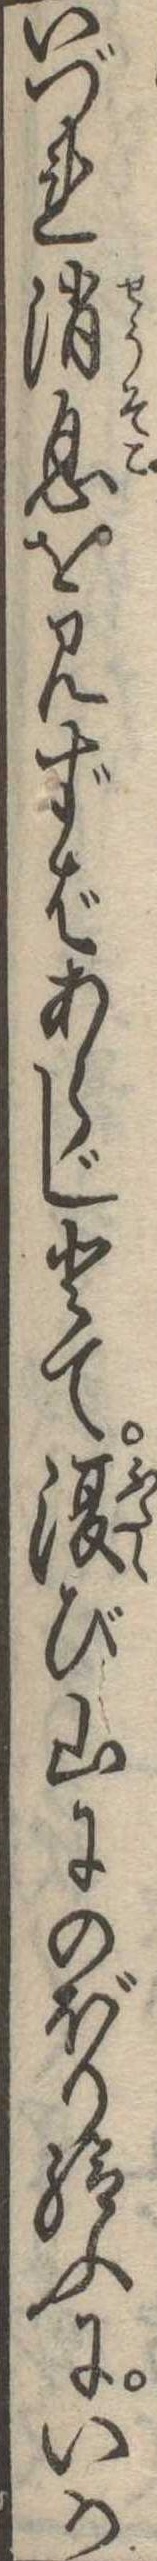
いづれ消息を見ずばあらじとて復び山にのぼり給ふにいか